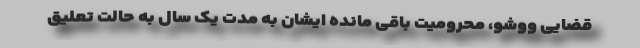
قضایی ووشو، محرومیت باقی مانده ایشان به مدت یک سال به حالت تعلیق